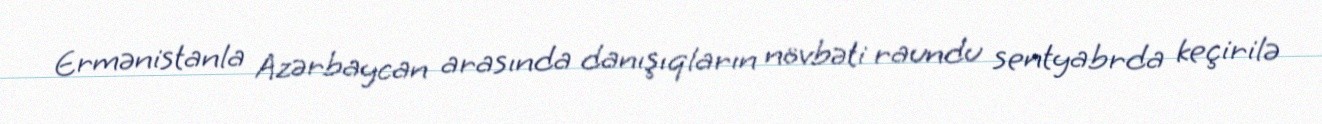
Ermənistanla Azərbaycan arasında danışıqların növbəti raundu sentyabrda keçirilə